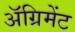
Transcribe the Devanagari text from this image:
अॅग्रिमेंट